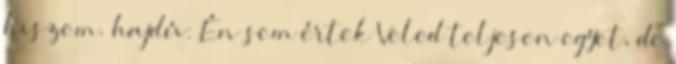
hiszem. hajdú: Én sem értek Veled teljesen egyet, de